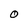
Character: 0